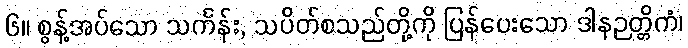
၆။ စွန့်အပ်သော သင်္ကန်း, သပိတ်စသည်တို့ကို ပြန်ပေးသော ဒါနဉတ္တိကံ၊